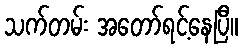
သက်တမ်း အတော်ရင့်နေပြီ။